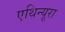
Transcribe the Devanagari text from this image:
एथिन्यूरा